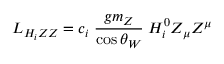
L _ { H _ { i } Z Z } = c _ { i } \; \frac { g m _ { Z } } { \cos \theta _ { W } } \; H _ { i } ^ { 0 } Z _ { \mu } Z ^ { \mu }